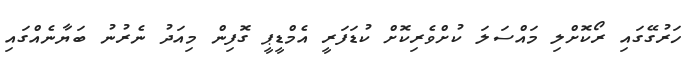
ހަރުގޭގައި ރޯކޮށްލި މައްސަލަ ކުށްވެރިކޮށް ކުޑަފަރީ އެމްޑީޕީ ގޮފިން މިއަދު ނެރުނު ބަޔާނެއްގައި